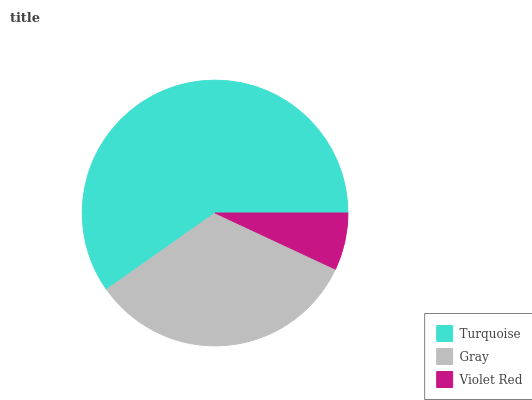
| Turquoise | Gray | Violet Red |
 | --- | --- | --- |
 | 59.8% | 33.2% | 6.95% |